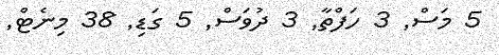
5 މަސް